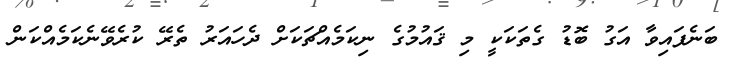
ބަނެފައިވާ އަގު ބޮޑު ގެތަކަކީ މި ޤައުމުގެ ނިކަމެއްޗަކަށް ދެހައަރު ތެރޭ ކުރެވޭނެކަމެއްކަން